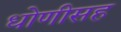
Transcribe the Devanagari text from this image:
धोणीसह